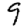
Digit: 9